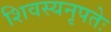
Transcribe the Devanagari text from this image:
शिवस्यनृपतेः